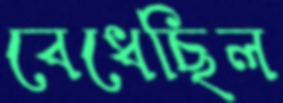
বেধেছিল